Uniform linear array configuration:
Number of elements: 4
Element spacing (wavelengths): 0.25
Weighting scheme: exponential
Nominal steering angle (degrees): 15
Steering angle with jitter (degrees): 16.101
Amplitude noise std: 0.05
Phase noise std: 0.05

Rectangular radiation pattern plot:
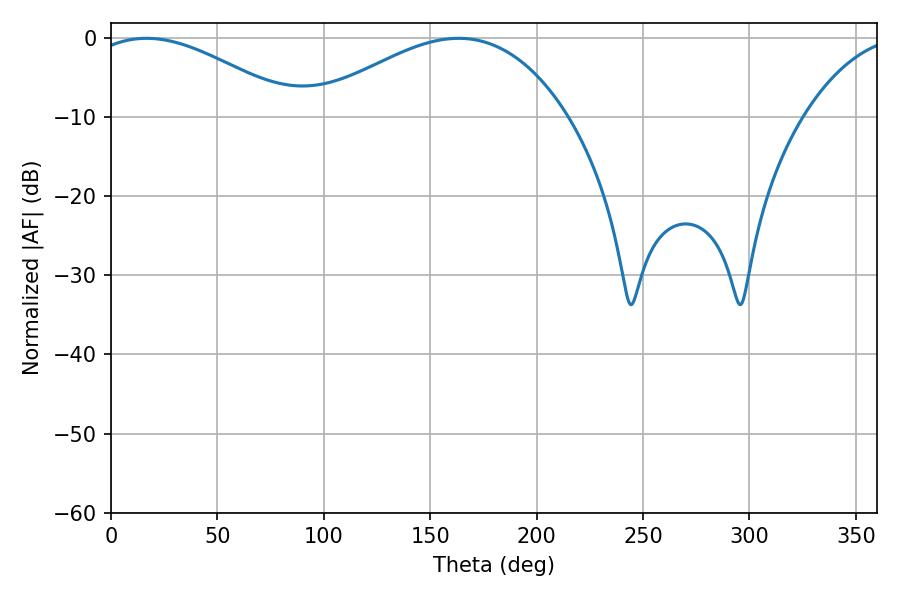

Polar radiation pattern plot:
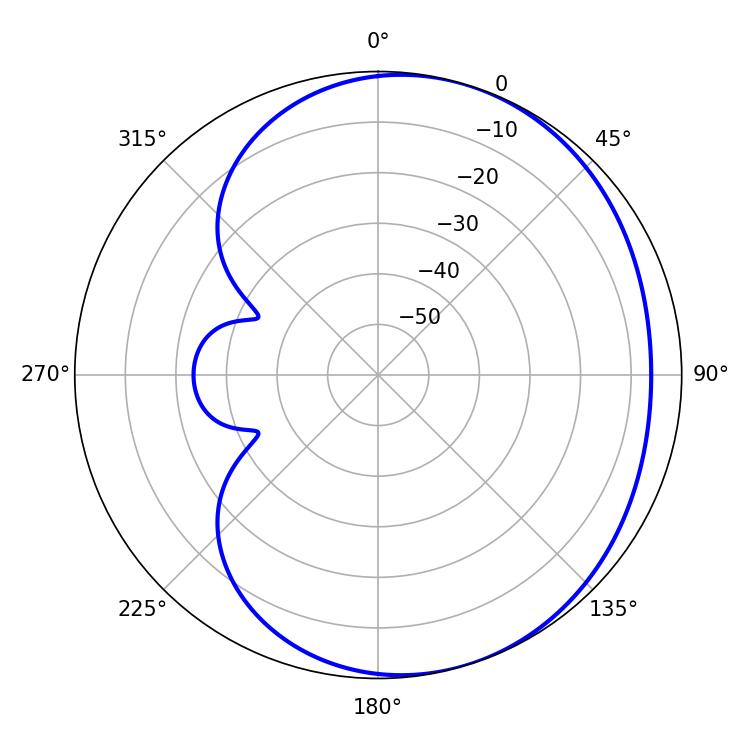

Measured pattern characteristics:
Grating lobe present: FALSE
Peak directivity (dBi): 3.523
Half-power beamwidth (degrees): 53.64
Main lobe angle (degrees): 16.74